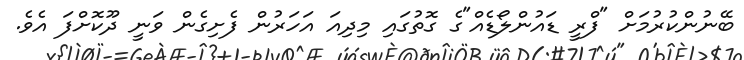
ބޭނުންކުރުމަށް "ފްރީ ޑައުންލޯޑެއް"ގެ ގޮތުގައި މިދިއަ އަހަރުން ފެށިގެން ވަނީ ދޫކޮށްފަ އެވެ.